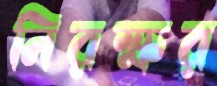
নিরক্ষর